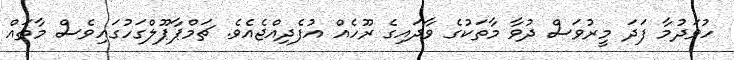
ހުވަދުމާ ފަދަ މީރުވަސް ދުވާ މާތަކުގެ ވާދައިގެ ރޫހެއް އުފެދިއްޖެއެވެ. ޗަމްޕާޕޫލްގަހުގައިވެސް މާތައް